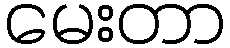
မေးတာ